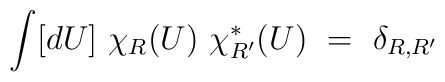
\int [dU]~\chi_R(U)~\chi^*_{R'}(U)~=~\delta_{R,R'}